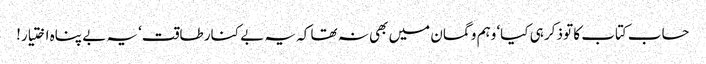
حساب کتاب کا تو ذکر ہی کیا‘ وہم و گمان میں بھی نہ تھا کہ یہ بے کنار طاقت‘ یہ بے پناہ اختیار!